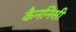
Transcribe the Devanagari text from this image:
कैननिसी